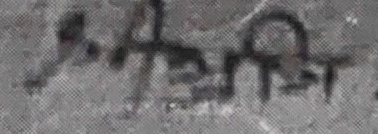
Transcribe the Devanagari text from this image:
मंडीश